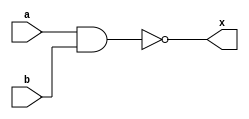
module mynand(x, a, b);
output x;
input a, b;

nand a0(x, a, b);
endmodule